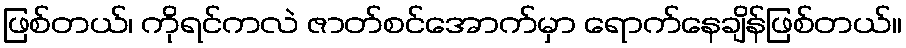
ဖြစ်တယ်၊ ကိုရင်ကလဲ ဇာတ်စင်အောက်မှာ ရောက်နေချိန်ဖြစ်တယ်။